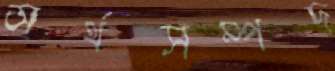
অর্থসম্পদ